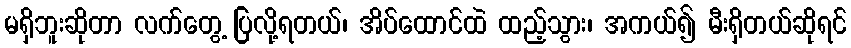
မရှိဘူးဆိုတာ လက်တွေ့ ပြလို့ရတယ်၊ အိပ်ထောင်ထဲ ထည့်သွား၊ အကယ်၍ မီးရှိတယ်ဆိုရင်